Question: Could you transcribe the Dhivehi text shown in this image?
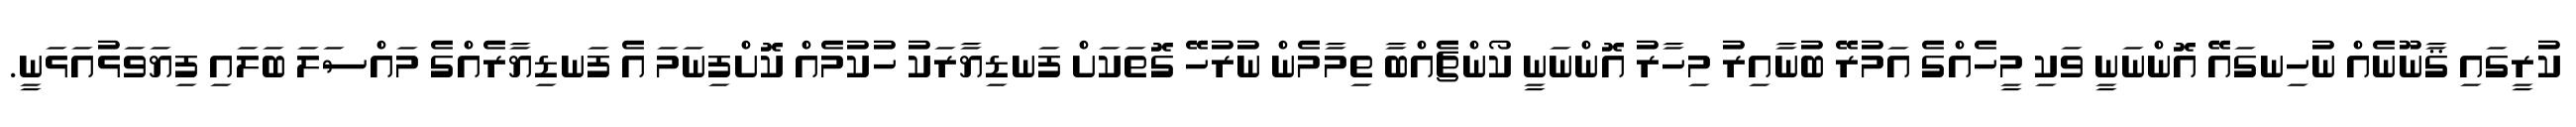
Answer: ކުރީގައި ޤާނޫނެއް ނުހިނގައޭ އޮންނަނީ ވަކި މީހެއްގެ އަމުރޭ ބުނާއިރު މިހާރު އޮންނަނީ ކޯންޗެއްބާ ތިމާމެން ނުރުހޭ ގޮތަކަށް ފަނޑިޔާރަކު ހުކުމެއް ކޮށްފިނަމަ އެ ފަނޑިޔާރެއްގެ މައްސަލަ ބަލައި ފިޔަވަޅުއަޅަނީ.